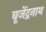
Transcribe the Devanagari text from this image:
बृजेंद्रनाथ